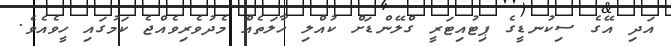
އަދި އޭގެ ސިކުނޑީގެ ޕިޓުއިޓަރީ ގްލޭންޑަށް ކުއްލި ހާލަތެއް މެދުވެރިވެއްޖެ ކަމުގައި ހީވެއެވެ.